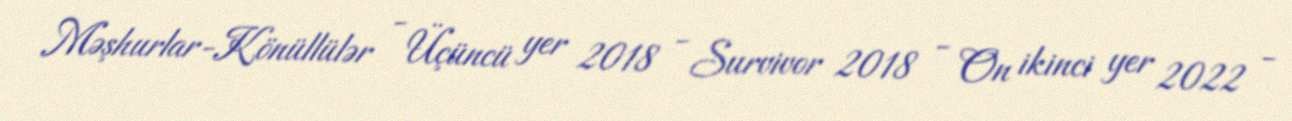
Məşhurlar-Könüllülər - Üçüncü yer 2018 - Survivor 2018 - On ikinci yer 2022 -